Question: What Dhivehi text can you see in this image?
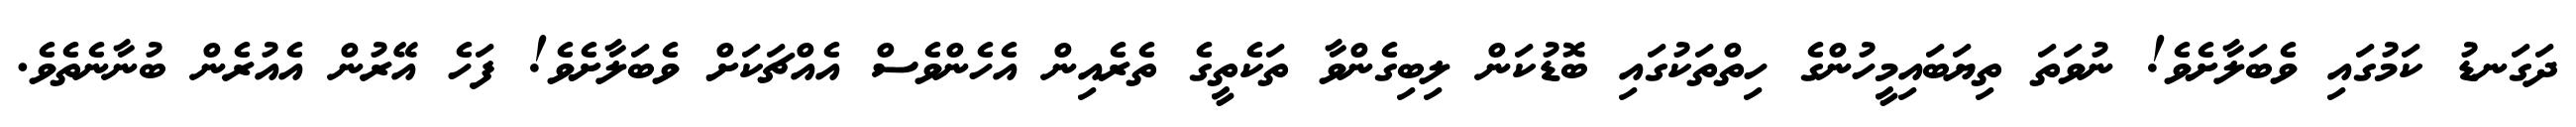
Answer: ދަގަނޑު ކަމުގައި ވެބަލާށެވެ! ނުވަތަ ތިޔަބައިމީހުންގެ ހިތްތަކުގައި ބޮޑުކަން ލިބިގެންވާ ތަކެތީގެ ތެރެއިން އެހެންވެސް އެއްޗަކަށް ވެބަލާށެވެ! ފަހެ އޭރުން އެއުރެން ބުނާނެތެވެ.